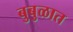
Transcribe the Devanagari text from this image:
बुबुळात